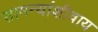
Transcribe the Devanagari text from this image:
सामन्यांशीवाय